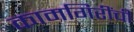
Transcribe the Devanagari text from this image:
कामगिरींची